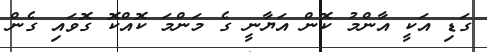
ގަޑި އަކީ އާންމު ކޮން އަޔާނީ ގެ މަންމަ ކޮއްކޮ ގޮވައި ގެން